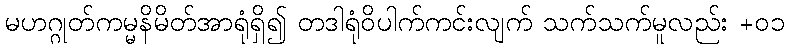
မဟဂ္ဂုတ်ကမ္မနိမိတ်အာရုံရှိ၍ တဒါရုံဝိပါက်ကင်းလျက် သက်သက်မူလည်း +၀၁